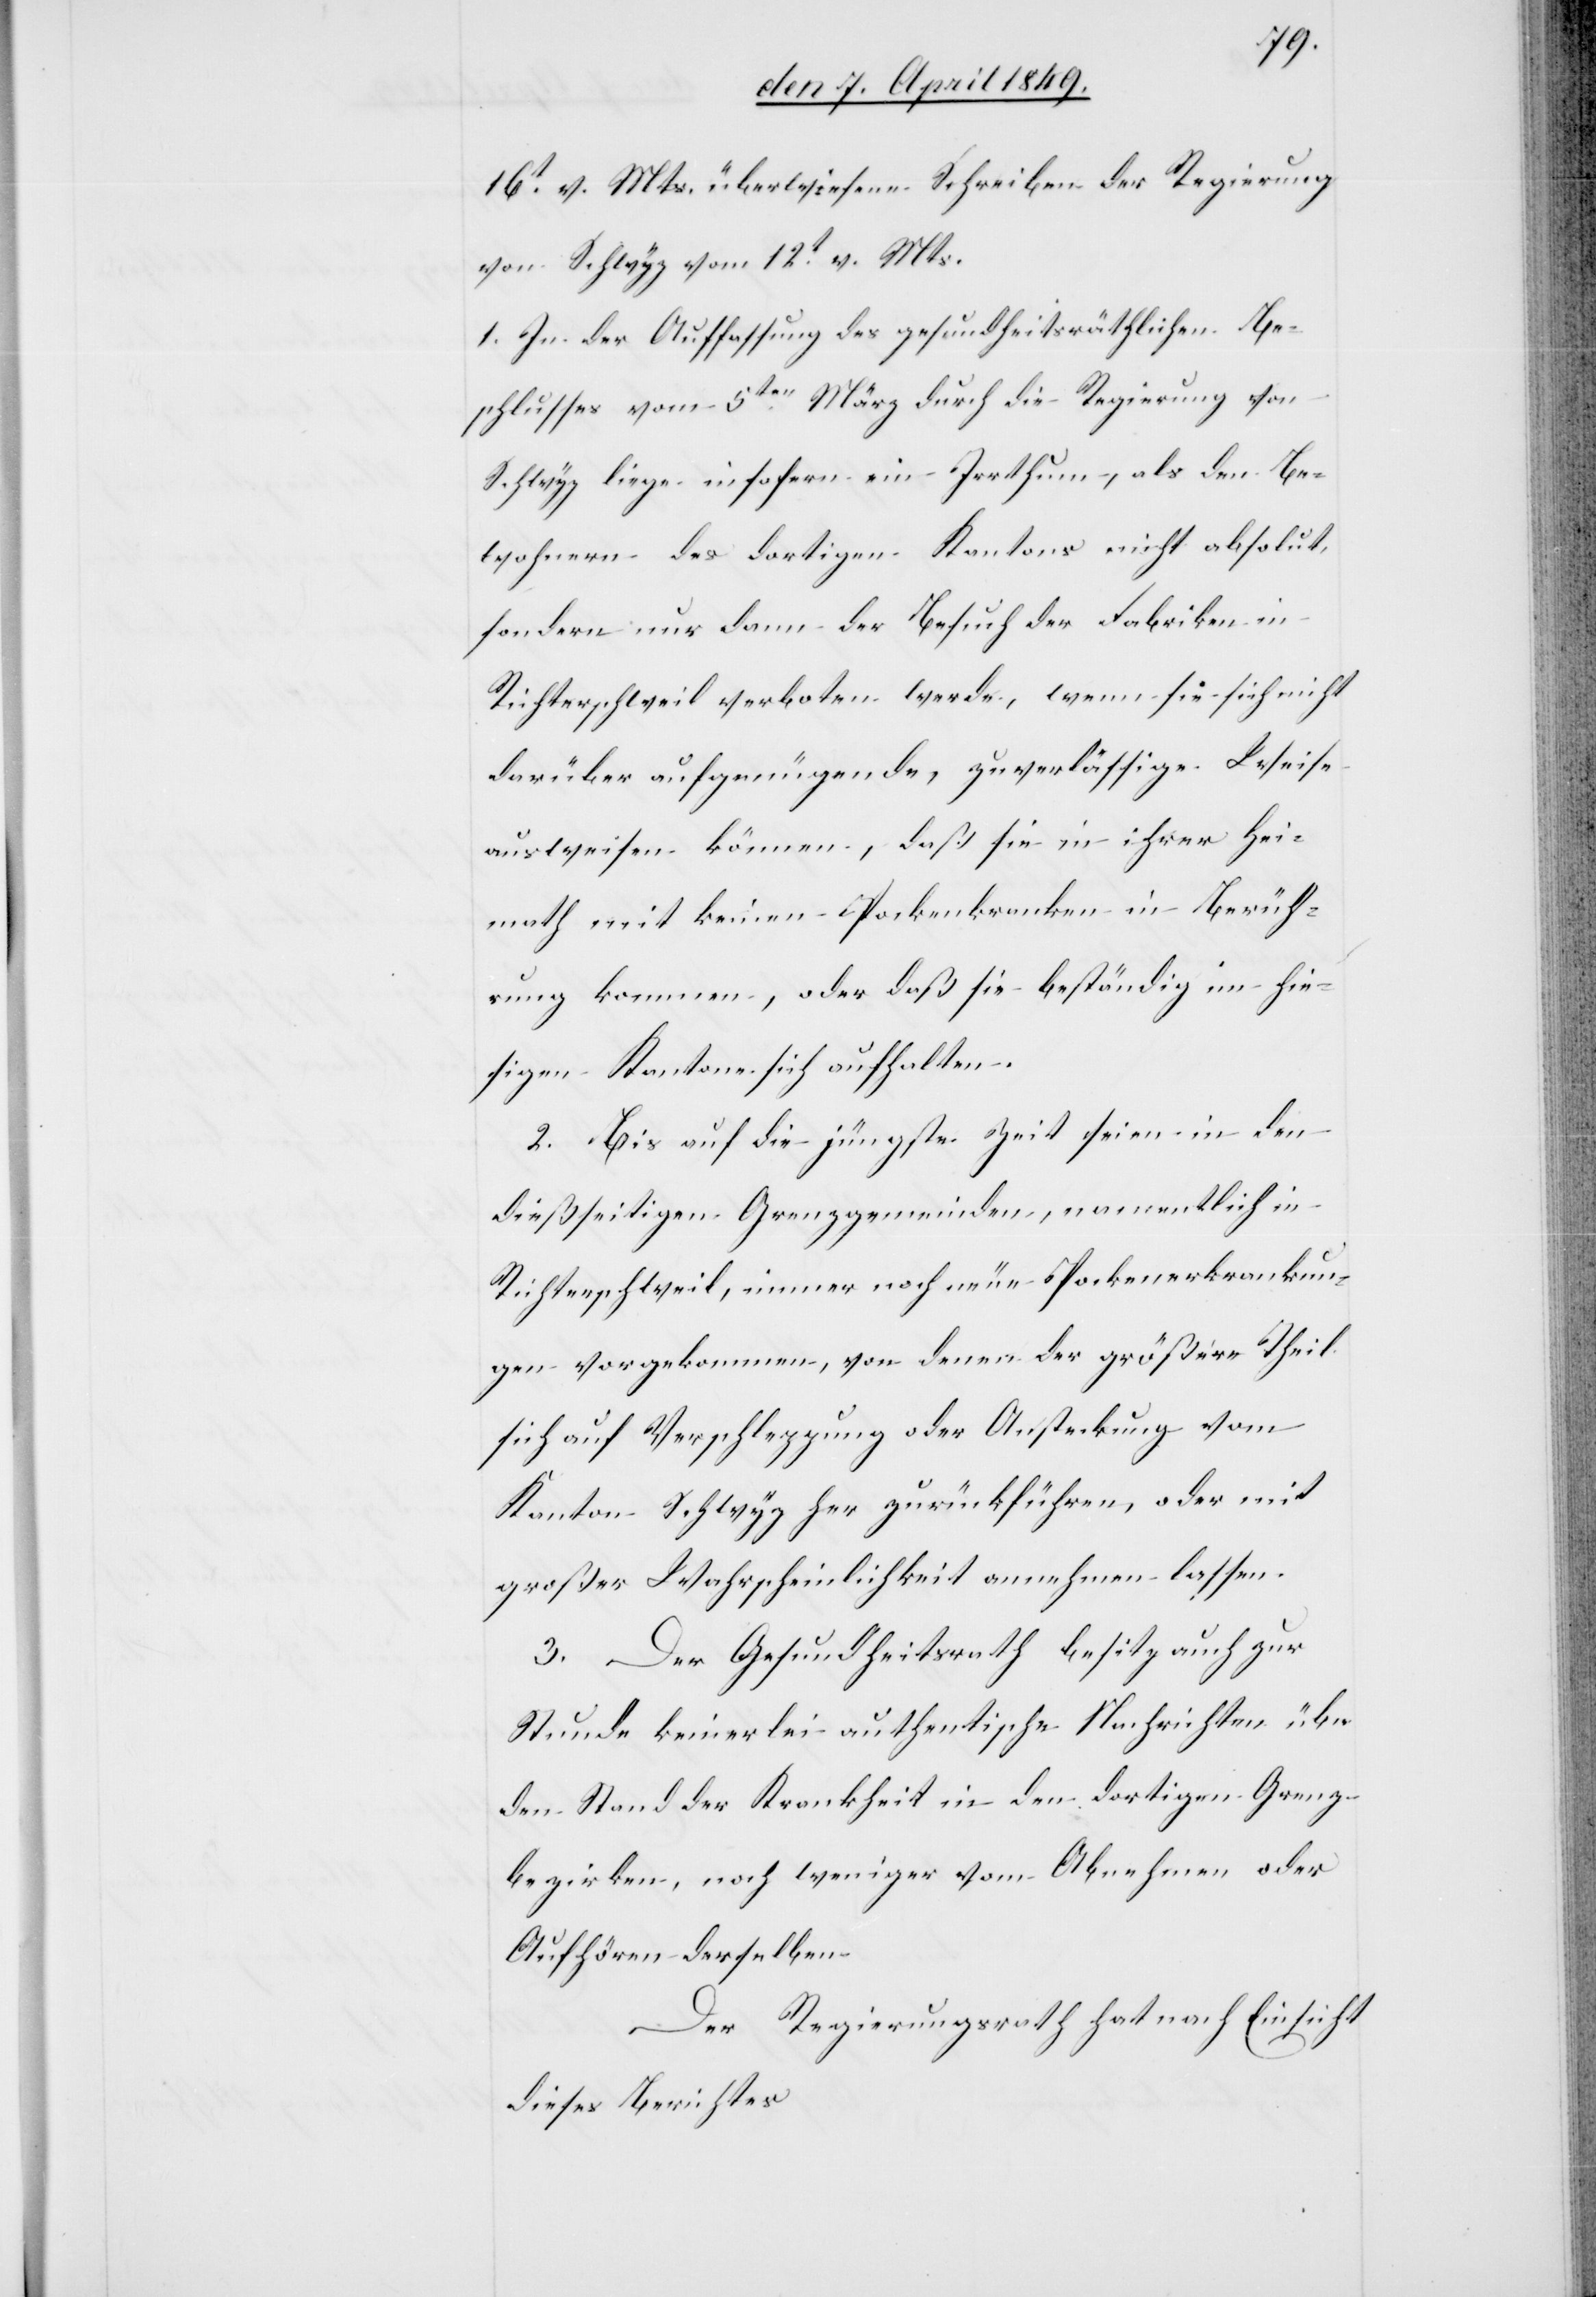
16t v. Mts. überwiesene Schreiben der Regierung
von Schwyz vom 12t v. Mts.
1. In der Auffassung des gesundheitsräthlichen Be¬
schlusses vom 5ten März durch die Regierung von
Schwyz liege insofern ein Irrthum, als den Be¬
wohnern des dortigen Kantons nicht absolut,
sondern nur dann der Besuch der Fabriken in
Richterschweil verboten werde, wenn sie sich nicht
darüber auf genügende, zuverlässige Weise
ausweisen können, daß sie in ihrer Hei¬
math mit keinen Pockenkranken in Berüh¬
rung kommen, oder daß sie beständig im hie¬
sigen Kantone sich aufhalten.
2. Bis auf die jüngste Zeit seien in den
dießseitigen Grenzgemeinden, namentlich in
Richterschweil, immer noch neue Pockenerkrankun¬
gen vorgekommen, von denen der größere Theil
sich auf Verpflegung oder Ansteckung vom
Kanton Schwyz her zurückführen, oder mit
großer Wahrscheinlichkeit annehmen lassen.
3. Der Gesundheitsrath besitz auch zur
Stunde keinerlei authentische Nachrichten über
den Stand der Krankheit in den dortigen Grenz¬
bezirken, noch weniger vom Abnehmen oder
Aufhören derselben.
Der Regierungsrath hat nach Einsicht
dieses Berichtes